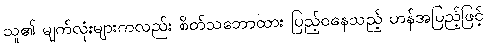
သူ၏ မျက်လုံးများကလည်း စိတ်သဘောထား ပြည့်ဝနေသည့် ဟန်အပြည့်ဖြင့်